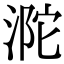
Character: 𣵻